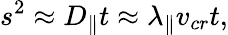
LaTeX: s^{2}\approx D_{\| }t\approx\lambda_{\| }v_{cr}t,